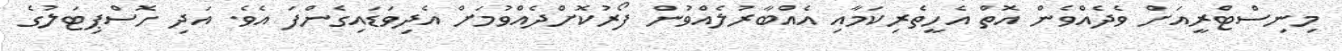
މިނިސްޓްރީއަށް ވެދެއްވެން އޮތް އެހީތެރިކަމާއި އެއްބާރުލެއްވުން ފޯރުކޮށްދެއްވުމަށް އެދިވަޑައިގެންފަ އެވެ. އަދި ހޮސްޕިޓަލުގެ